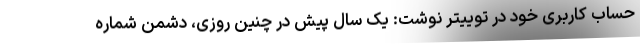
حساب کاربری خود در توییتر نوشت: یک سال پیش در چنین روزی، دشمن شماره